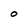
Character: O